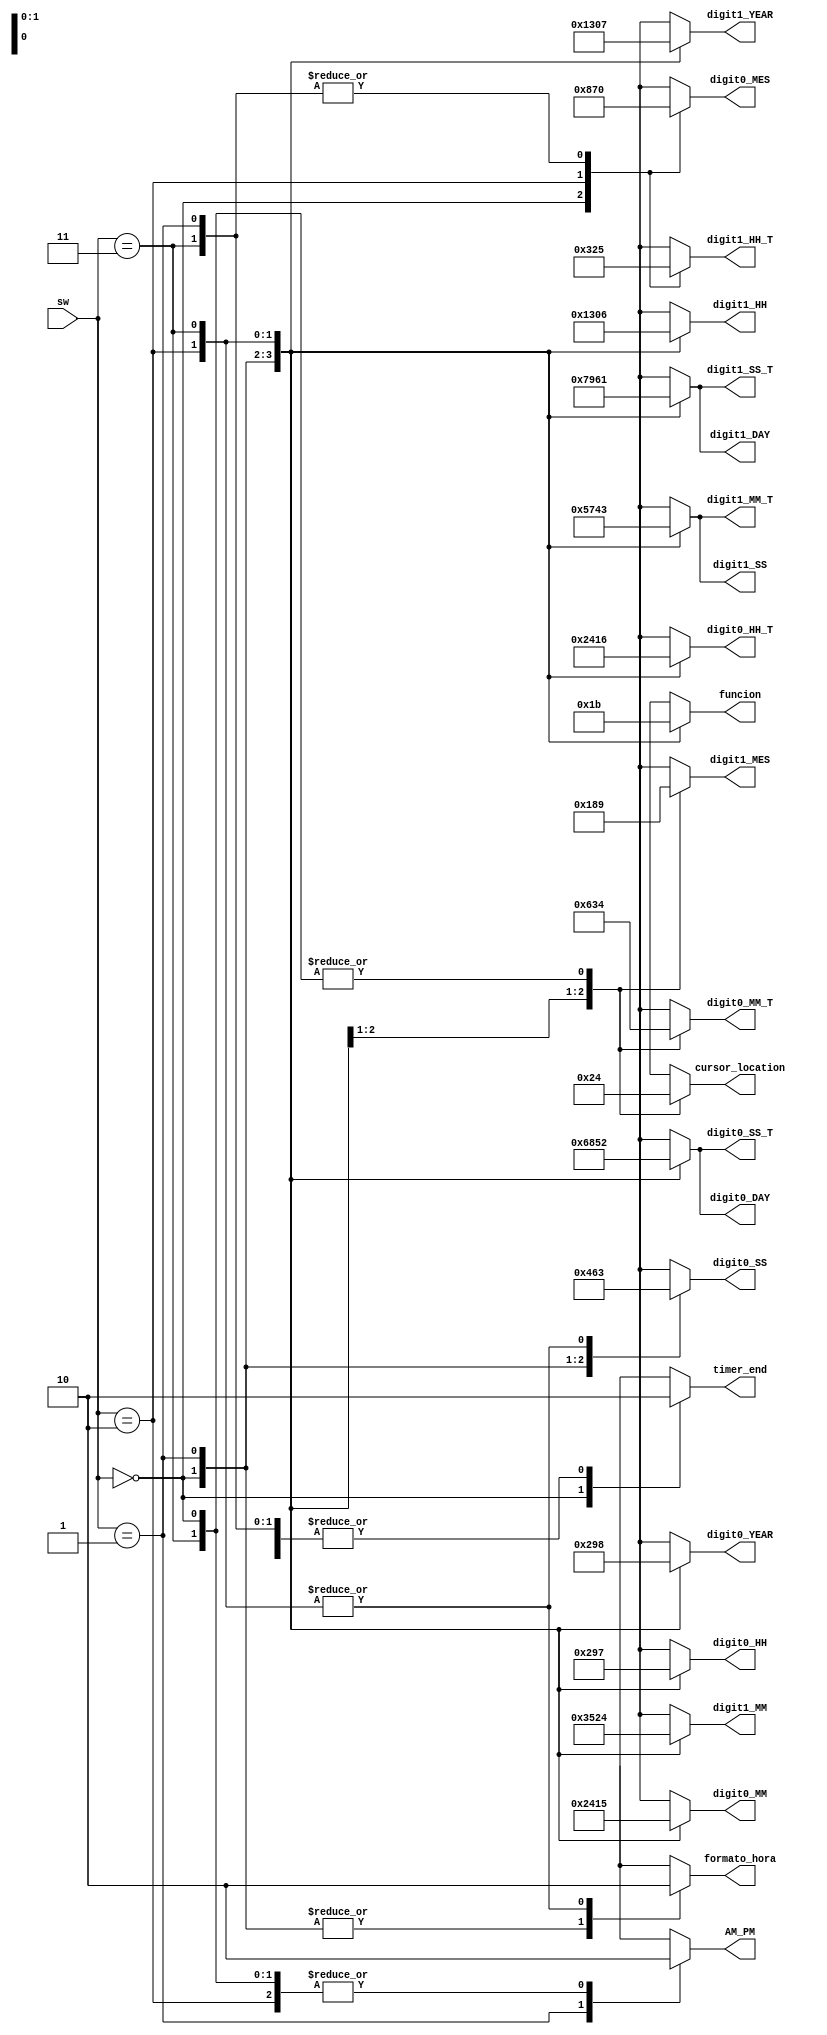
`timescale 1ns / 1ps
//////////////////////////////////////////////////////////////////////////////////
// Company: 
// Engineer: 
// 
// Design Name: 
// Module Name:    bloque_prueba_frames 
// Project Name: 
// Target Devices: 
// Tool versions: 
// Description: 
//
// Dependencies: 
//
// Revision: 
// Revision 0.01 - File Created
// Additional Comments: 
//
//////////////////////////////////////////////////////////////////////////////////
module bloque_prueba_frames
(
input wire [1:0]sw,
output reg [3:0] digit0_HH, digit1_HH, digit0_MM, digit1_MM, digit0_SS, digit1_SS,//
digit0_DAY, digit1_DAY, digit0_MES, digit1_MES, digit0_YEAR, digit1_YEAR,//
digit0_HH_T, digit1_HH_T, digit0_MM_T, digit1_MM_T, digit0_SS_T, digit1_SS_T,//Decenas y unidades para los nmeros en pantalla (18 inputs de 3 bits)
output reg AM_PM,//Entrada para conocer si en la informacin de hora se despliega AM o PM
output reg [1:0]funcion,//2-bits: cuatro estados del modo configuracin
output reg [1:0] cursor_location,//Marca la posicin del cursor en modo configuracin
output reg timer_end,//bandera proveniente del RTC que indica la finalizacin del tiempo del timer
output reg formato_hora//Seal que indica si la hora esta en formato 12 hrs o 24 hrs (0->24 hrs)
);


//Lgica de salida
always@*

begin

case(sw)

2'h0:
begin
	digit0_HH = 4'b0000;
	digit1_HH = 4'b0001;
	digit0_MM = 4'b0010; 
	digit1_MM = 4'b0011;
	digit0_SS = 4'b0100;
	digit1_SS = 4'b0101;//

	digit0_DAY = 4'b0110;
	digit1_DAY = 4'b0111;
	digit0_MES = 4'b1000;
	digit1_MES = 4'b1001;
	digit0_YEAR = 4'b0000;
	digit1_YEAR = 4'b0001;//

	digit0_HH_T = 4'b0010; 
	digit1_HH_T = 4'b0011;
	digit0_MM_T = 4'b0100;
	digit1_MM_T = 4'b0101;
	digit0_SS_T = 4'b0110;
	digit1_SS_T = 4'b0111;

	AM_PM = 1'b0;
	funcion = 2'b00;
	cursor_location = 2'b00;
	timer_end = 1'b1;
	formato_hora = 1'b1;
end

2'h1:
begin
	digit0_HH = 4'b0010;
	digit1_HH = 4'b0011;
	digit0_MM = 4'b0100; 
	digit1_MM = 4'b0101;
	digit0_SS = 4'b0110;
	digit1_SS = 4'b0111;//

	digit0_DAY = 4'b1000;
	digit1_DAY = 4'b1001;
	digit0_MES = 4'b0000;
	digit1_MES = 4'b0001;
	digit0_YEAR = 4'b0010;
	digit1_YEAR = 4'b0011;//

	digit0_HH_T = 4'b0100; 
	digit1_HH_T = 4'b0101;
	digit0_MM_T = 4'b0110;
	digit1_MM_T = 4'b0111;
	digit0_SS_T = 4'b1000;
	digit1_SS_T = 4'b1001;

	AM_PM = 1'b1;
	funcion = 2'b01;
	cursor_location = 2'b10;
	timer_end = 1'b0;
	formato_hora = 1'b1;
end

2'h2:
begin
	digit0_HH = 4'b1001;
	digit1_HH = 4'b0000;
	digit0_MM = 4'b0001; 
	digit1_MM = 4'b0010;
	digit0_SS = 4'b0011;
	digit1_SS = 4'b0100;//

	digit0_DAY = 4'b0101;
	digit1_DAY = 4'b0110;
	digit0_MES = 4'b0111;
	digit1_MES = 4'b1000;
	digit0_YEAR = 4'b1001;
	digit1_YEAR = 4'b0000;//

	digit0_HH_T = 4'b0001; 
	digit1_HH_T = 4'b0010;
	digit0_MM_T = 4'b0011;
	digit1_MM_T = 4'b0100;
	digit0_SS_T = 4'b0101;
	digit1_SS_T = 4'b0110;

	AM_PM = 1'b0;
	funcion = 2'b10;
	cursor_location = 2'b01;
	timer_end = 1'b0;
	formato_hora = 1'b0;
end

2'h3:
begin
	digit0_HH = 4'b0111;
	digit1_HH = 4'b0110;
	digit0_MM = 4'b0101; 
	digit1_MM = 4'b0100;
	digit0_SS = 4'b0011;
	digit1_SS = 4'b0011;//

	digit0_DAY = 4'b0010;
	digit1_DAY = 4'b0001;
	digit0_MES = 4'b0000;
	digit1_MES = 4'b1001;
	digit0_YEAR = 4'b1000;
	digit1_YEAR = 4'b0111;//

	digit0_HH_T = 4'b0110; 
	digit1_HH_T = 4'b0101;
	digit0_MM_T = 4'b0100;
	digit1_MM_T = 4'b0011;
	digit0_SS_T = 4'b0010;
	digit1_SS_T = 4'b0001;

	AM_PM = 1'b0;
	funcion = 2'b11;
	cursor_location = 2'b00;
	timer_end = 1'b0;
	formato_hora = 1'b0;
end

endcase

end

endmodule